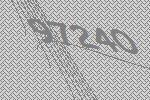
97240